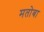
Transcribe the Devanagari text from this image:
मतोबा